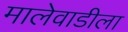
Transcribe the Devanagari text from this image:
मालेवाडीला